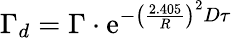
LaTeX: \Gamma_{d}=\Gamma\cdot\mathrm{e}^{-\left(\frac{{2.405}}{{R}}\right)^{2}D\tau}